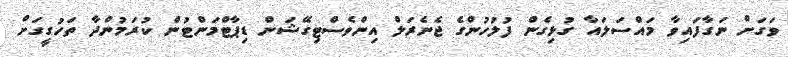
ވަގަށް ނަގާފައިވާ މައްސަލައާ ގުޅިގެން ފުލުހުންގެ ޖެނެރަލް އިންވެސްޓިގޭޝަން ޑިޕާޓްމަންޓުން ކުރަމުންދާ ތަހުގީގަށް